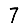
Digit: 7